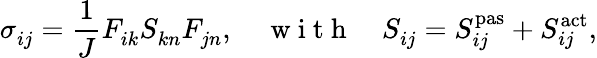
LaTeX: \sigma_{ij}^{\phantom{}}=\frac{1}{J}F_{ik}^{\phantom{}}S_{kn}^{\phantom{}}F_{jn}^{\phantom{}},\quad\mathrm{~w~i~t~h~}\quad S_{ij}^{\phantom{}}=S_{ij}^{\mathrm{pas}}+S_{ij}^{\mathrm{act}},